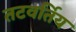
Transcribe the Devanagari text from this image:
तटवर्तिय